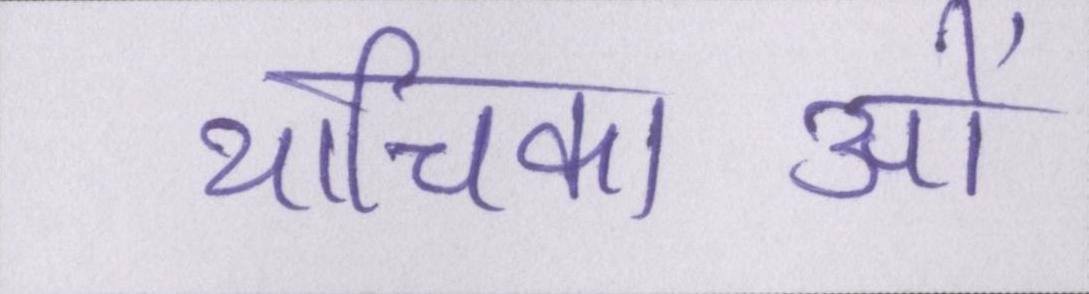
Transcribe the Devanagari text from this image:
याचिकाओं